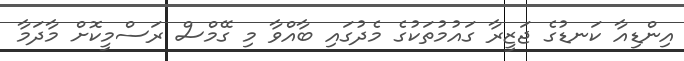
އިންޑިއާ ކަނޑުގެ ޖަޒީރާ ގައުމުތަކުގެ މެދުގައި ބާއްވާ މި ގޭމްސް ރަސްމީކޮށް މާދަމާ